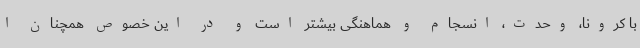
با کرونا، وحدت، انسجام و هماهنگی بیشتر است و در این خصوص همچنان ا